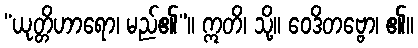
“ယုတ္တိဟာရော၊ မည်၏”။ ဣတိ၊ သို့။ ဝေဒိတဗ္ဗော၊ ၏။